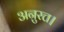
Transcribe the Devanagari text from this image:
अनुरत्त।